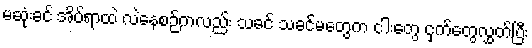
မဆုံးခင် အိပ်ရာထဲ လဲနေစဉ်ကလည်း သခင် သခင်မတွေက ငါးတွေ ငှက်တွေလွှတ်ပြီး